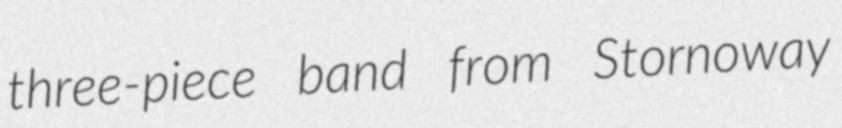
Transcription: three-piece band from Stornoway